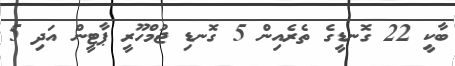
ބާކީ 22 ގޮނޑީގެ ތެރެއިން 5 ގޮނޑި ޖުމްހޫރީ ޕާޓީން އަދި 5